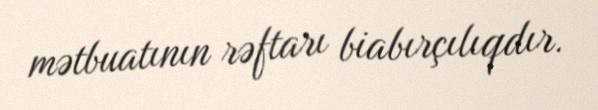
mətbuatının rəftarı biabırçılıqdır.